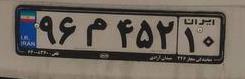
۹۶م۴۵۲۱۰